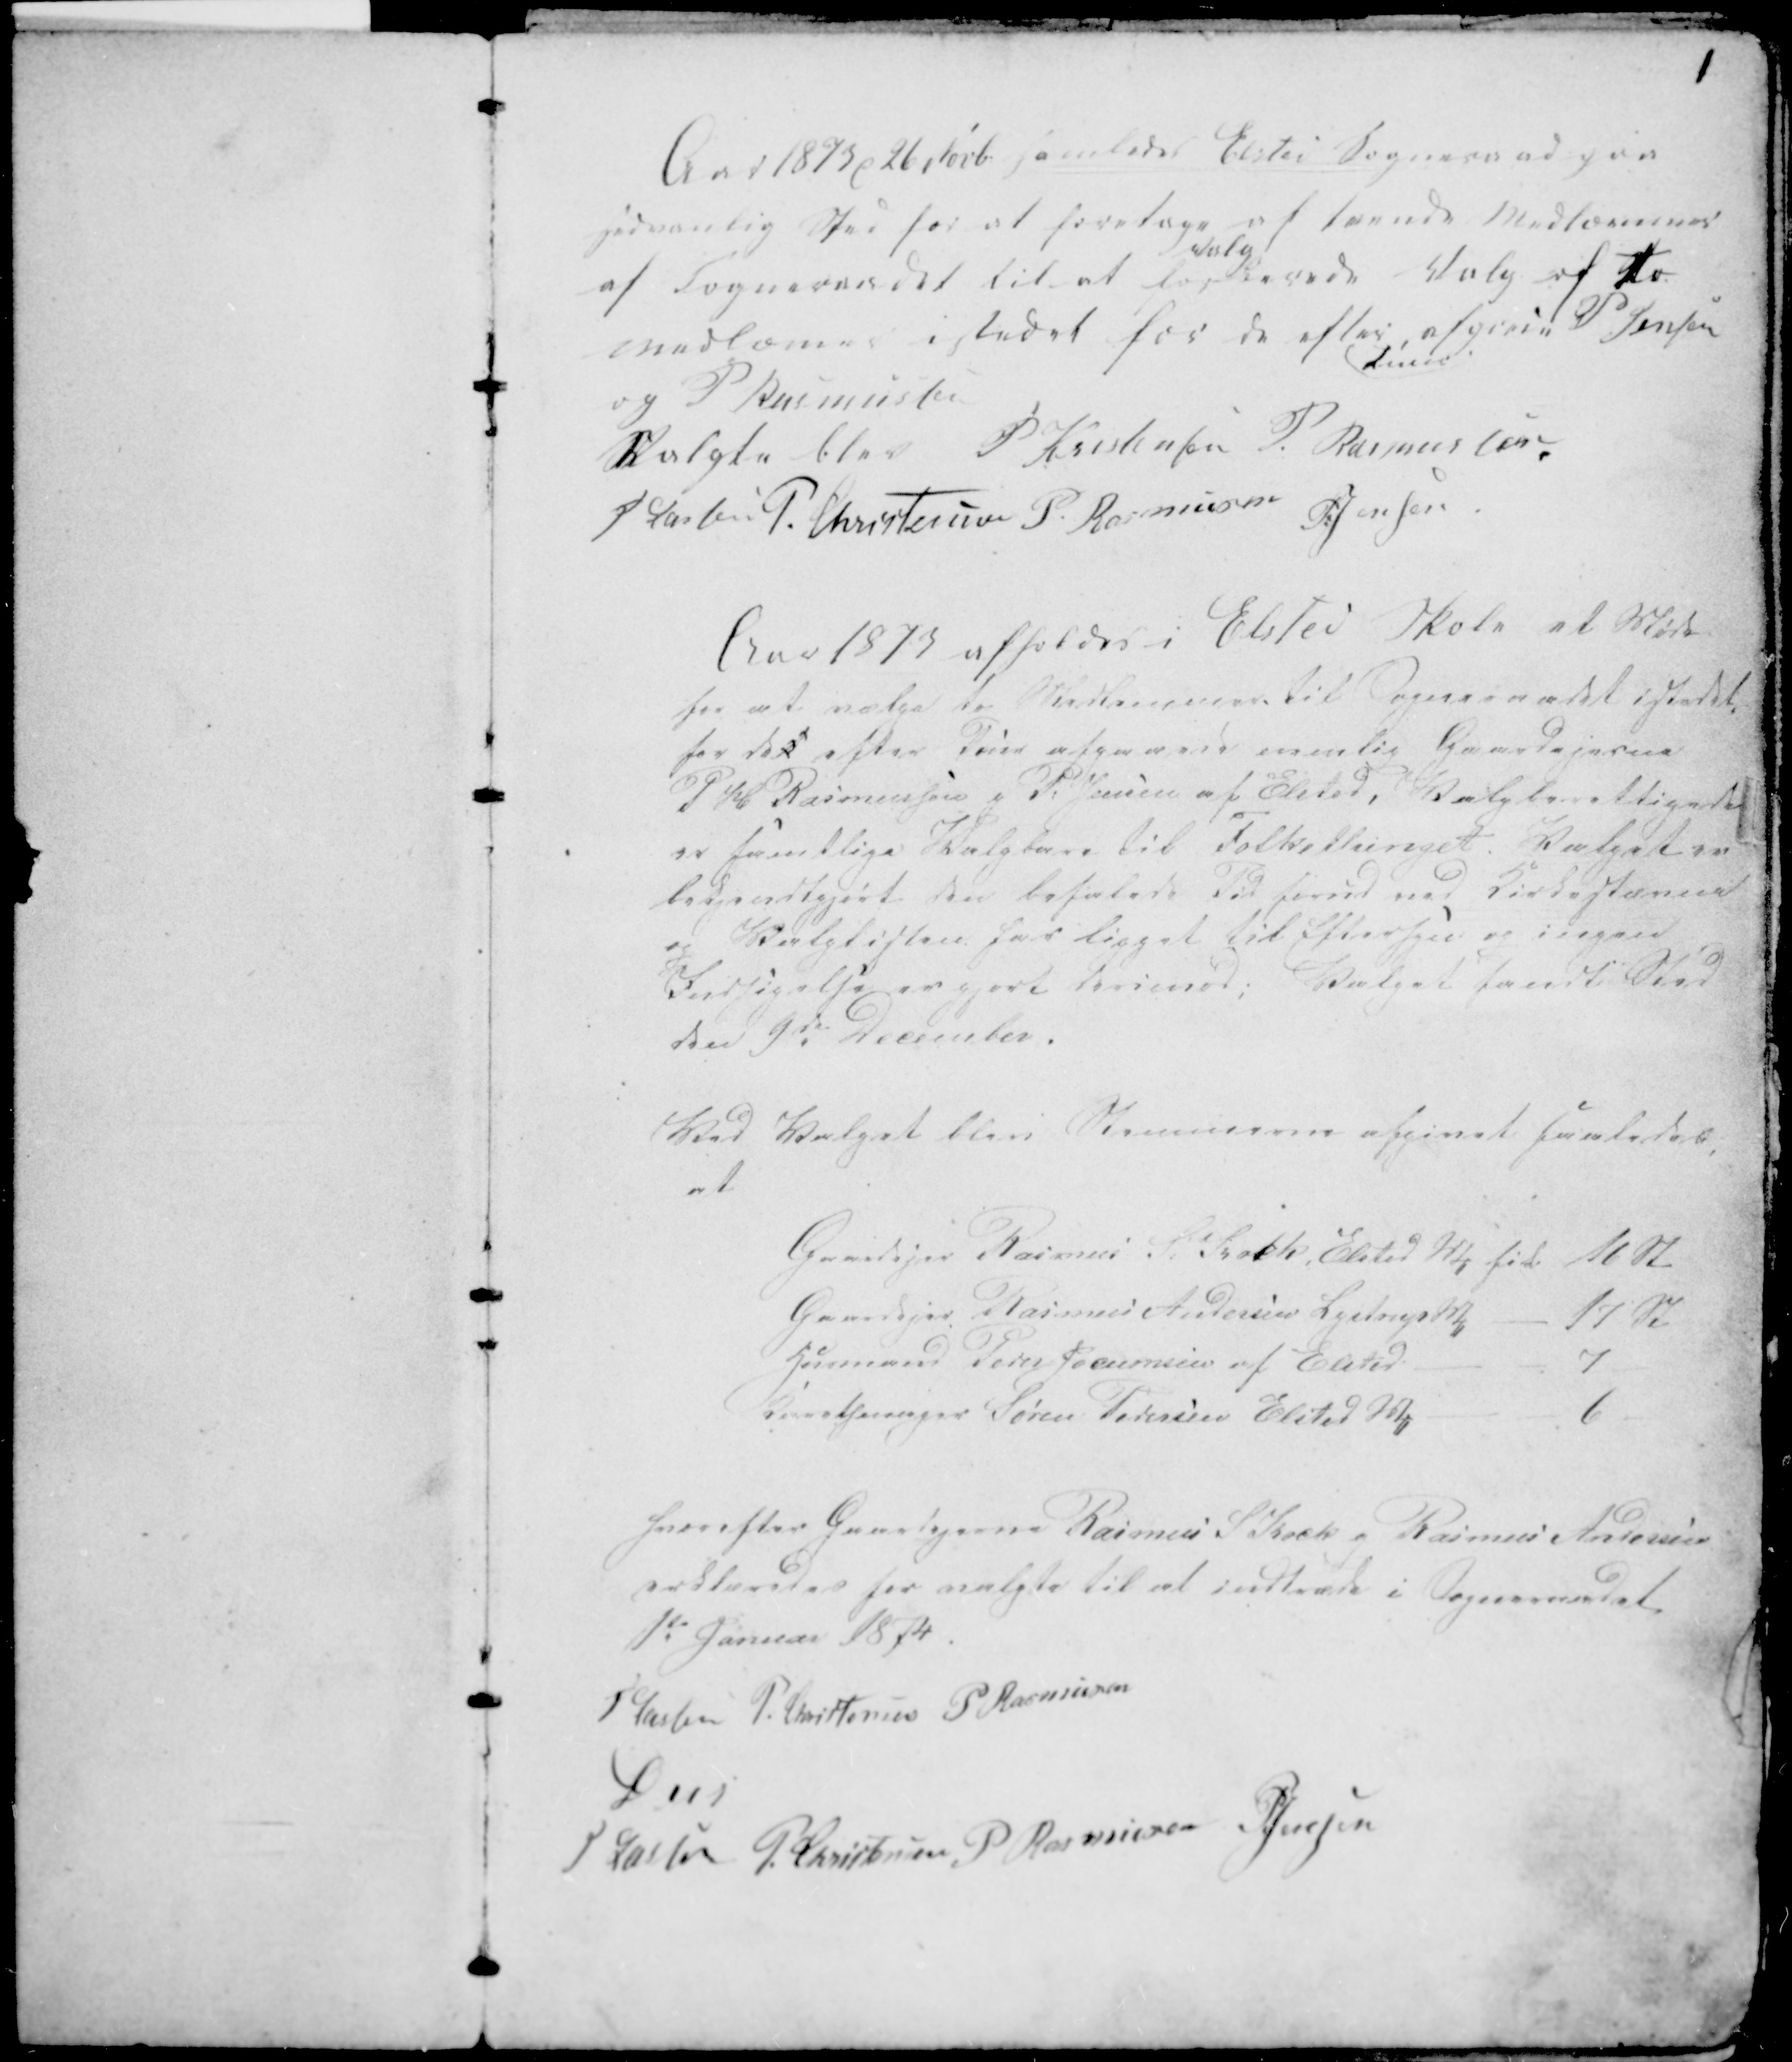
Transskription:
1

Aar 1873 d 26 Novb. samledes Elsted Sogneraad paa
sædvanlig Sted for at foretage
Valg
af tvende Medlemmer
af Sogneraadet til at forhandle Valg af to
medlemmer istedet for de efter,
tuur
afgaaen P Jensen
og P Rasmussen
Valgte blev P Kristensen P. Rasmussen.
H. Lassen P. Christensen P Rasmussen P Jensen

Aar 1873 afholdes i Elsted Skole et Møde
for at vælge to Medlemmer til Sogneraadet istedet-
for det efter Tuur afgaaende nemlig Gaardejerne
P H Rasmussen g P Jensen af Elsted, Valgberettigede
er samtlige Valgbare til Folkethinget. Valget ere
bekjendtgjort den befalede Tid forud ved Kirkestævne
og Valglisten har ligget til Eftersyn og ingen
Indsigelse var gjort derimod; Valget fandt Sted
den 9de December.

Ved Valget blev Stemmerne afgivet saaledes,
at
Gaardejer Rasmus S. Kock, Elsted M fik 16 St
Gaardejer Rasmus Andersen Lystrup M - 17 St
Husmand Peder Jocumsen af Elsted - 7 -
........ger Søren Pedersen Elsted M - 6 -

Hvorefter Gaardejerne Rasmus S Kock g Rasmus Andersen
erklæredes for valgte til at indtræde i Sogneraadet
1te Januar 1874.
H Lassen P. Christensen P Rasmussen
D u s
H. Lassen P. Christensen P Rasmussen P Jensen